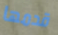
قدمها